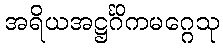
အရိယအဋ္ဌင်္ဂိကမဂ္ဂေသု